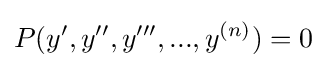
P(y',y'',y''',...,y^{(n)})=0